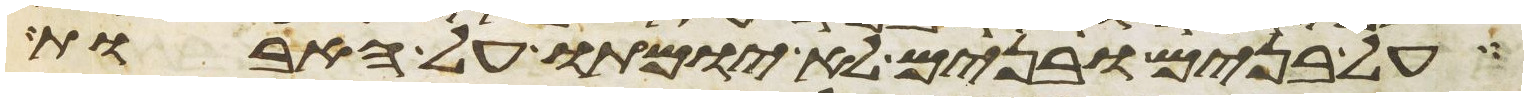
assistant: על בנים ובנים לא יומתו על האבות